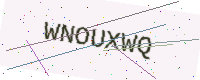
Text: WNOUXWQ